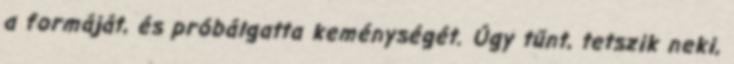
a formáját, és próbálgatta keménységét. Úgy tűnt, tetszik neki,